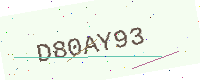
Text: D80AY93